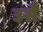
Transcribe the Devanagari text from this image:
उसेेेे